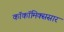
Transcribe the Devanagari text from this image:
काॅकॉमिक्ससार